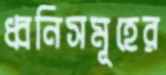
ধ্বনিসমূহের